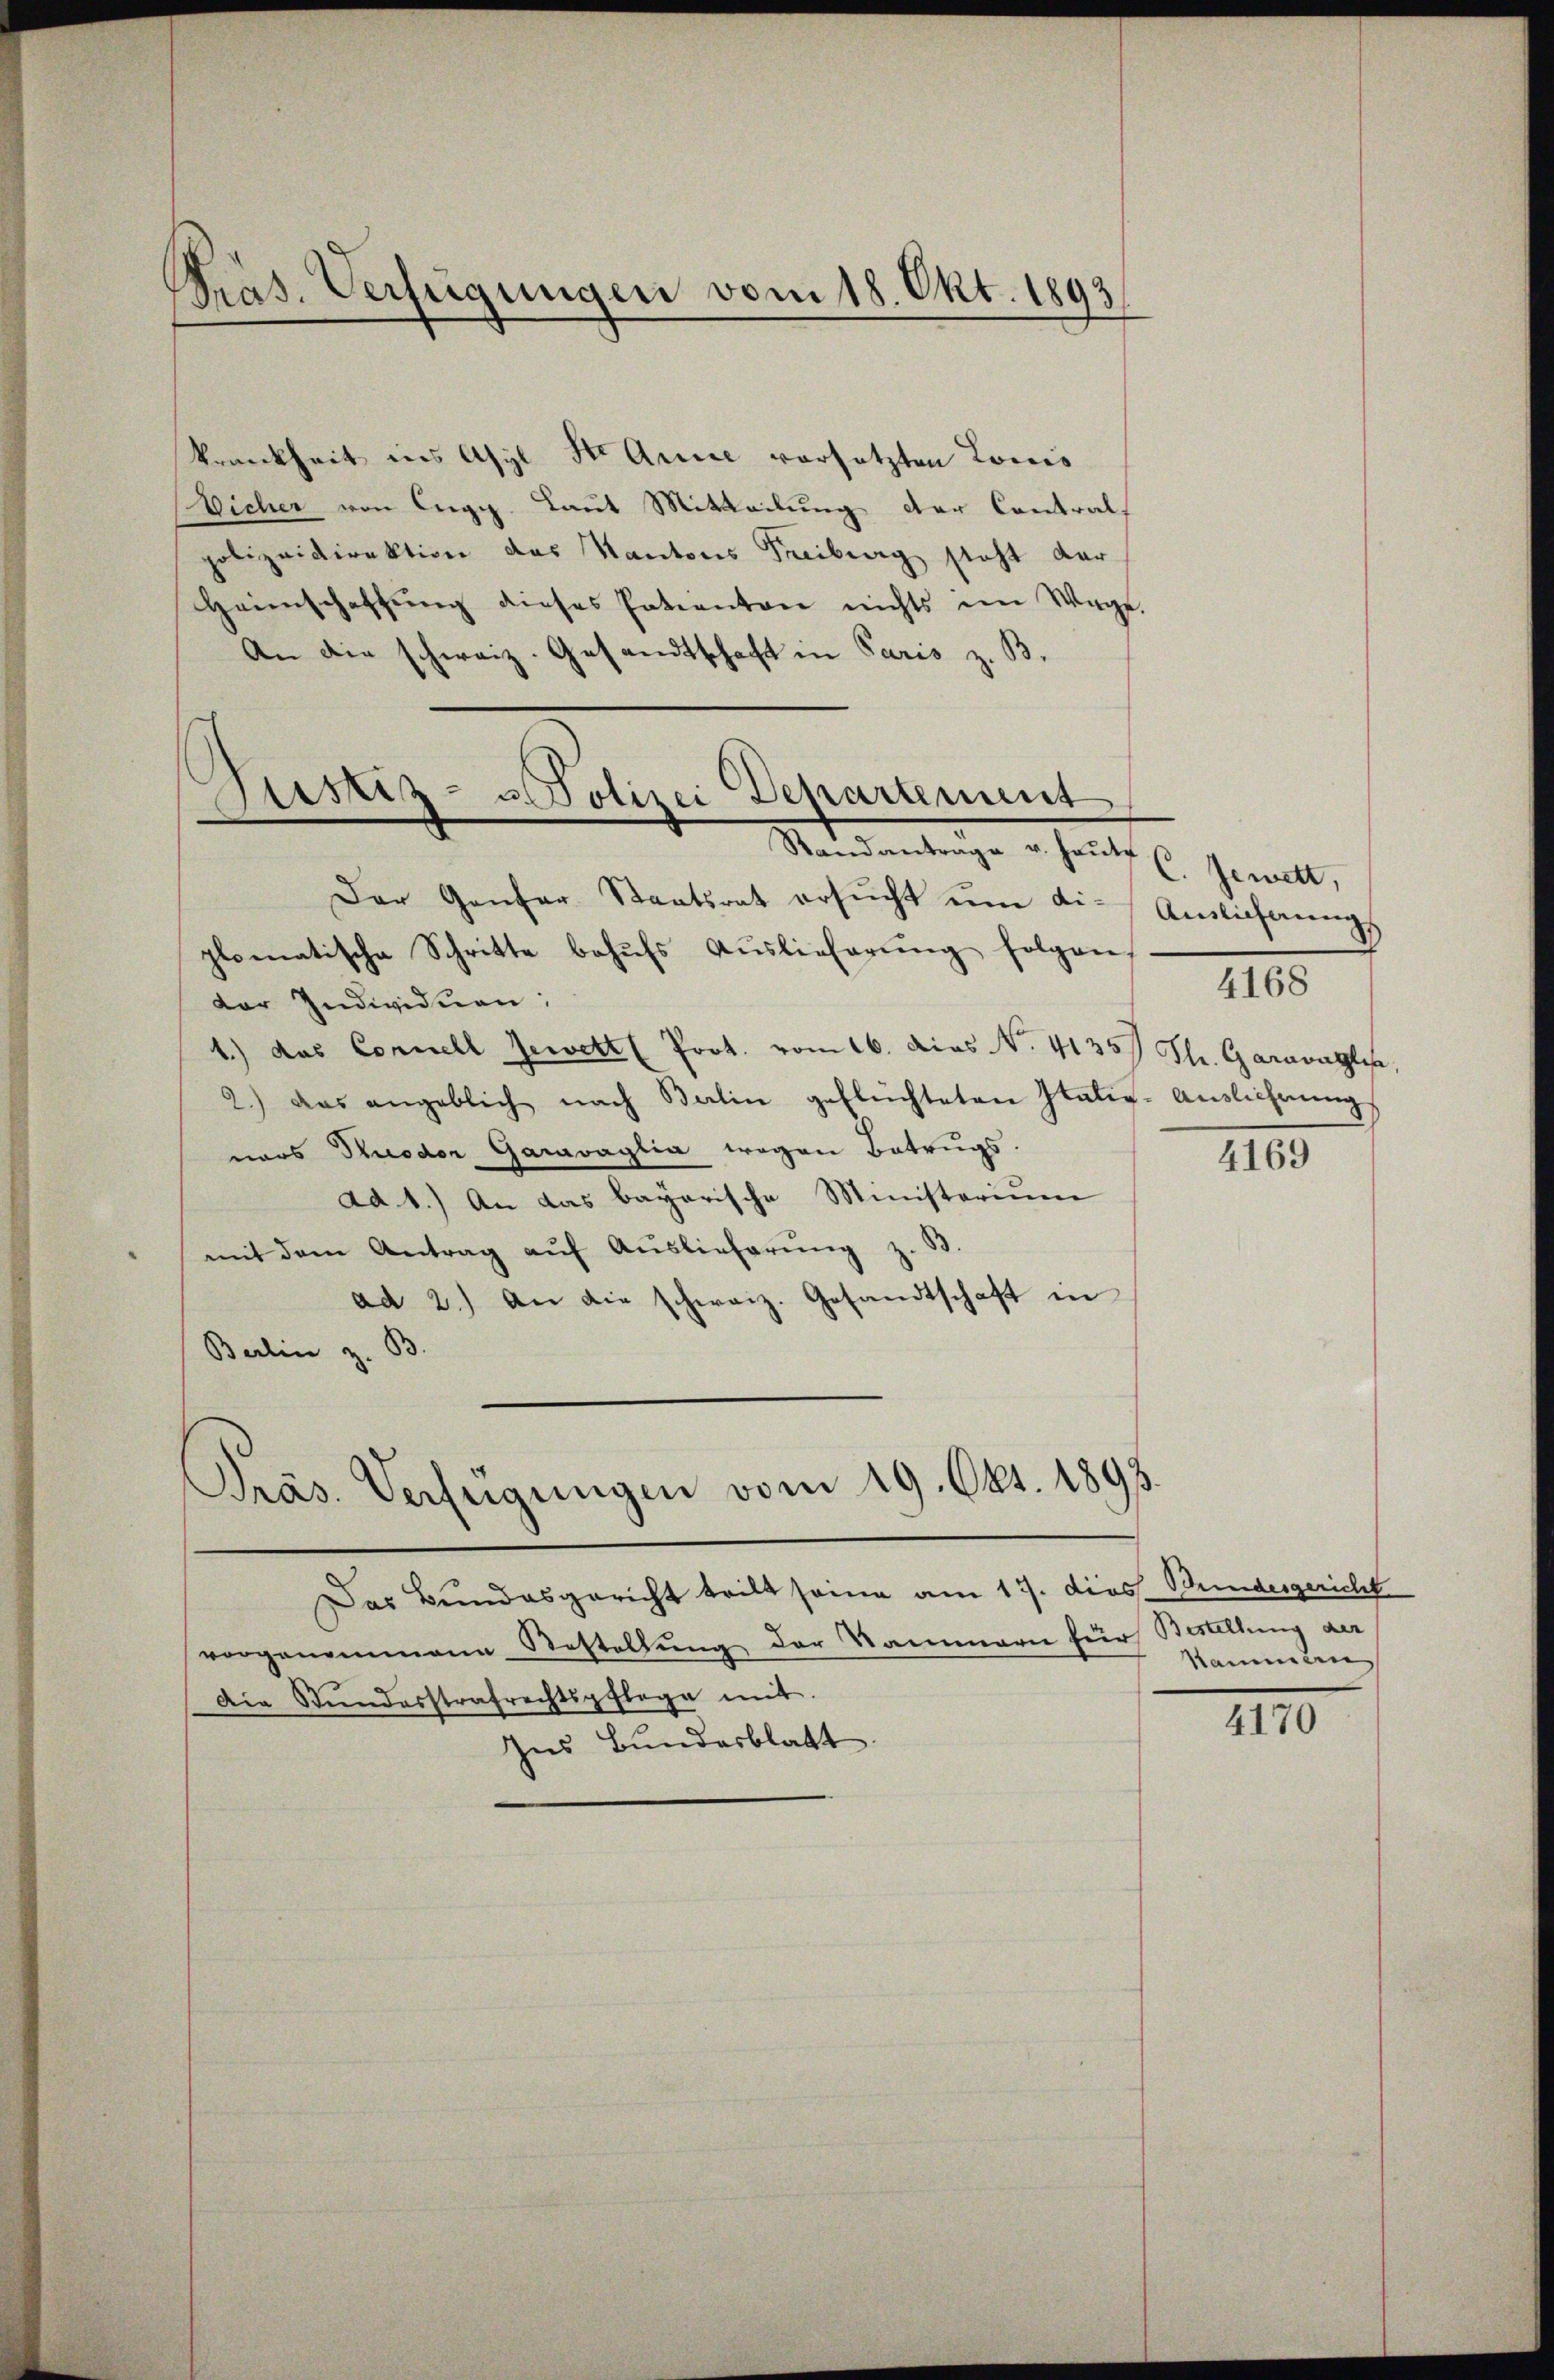
Pras. Verfügungen vom 18. Okt. 1893

krankheit ins Asyl St. Annie vorsetzten Louis
Vicher von Enge Laut Mitteilung der Contrals
polizeidirektion das Kantones Freiberg steht der
Heimschaffung dieses Patienten nichts im Wege
An die schweiz. Gesandtschaft in Paris z. B.

Sistiz- u. Polizei Departement
Standantrage u. heŭte

Der Gener Staatsrat ersucht um di-
plomatische Schritte behŭfs Aŭslieferŭng folgen,
der Individuen:
1.) das Connell Jewett (Prot. vom 16. dies No. 4135) St. Garavagli
2.) Das angeblich nach Balin geflüchteten Italie-Ausliehrŭng
ners Ruodor Garavaglia wegen Betrugs
ad. 1.) An das bayerische Ministerium
mit dem Antrag aŭf Aŭslieferŭng z. B.
ad 2.) An die schweiz. Gesandtschaft in
Berlin z. B.
Präs. Verfügungen vom 19. Okt. 1893.
Das Bundesgericht teilt seine am 17. dies Bundesgericht
vorgenommene Bestellung der Kammern für Bestellung der
Die Stundesstrafrechtspflege mit.
Ins Bundesblatt

C. Jewett,
Auslichnung
4168

4169

Nammen

4170